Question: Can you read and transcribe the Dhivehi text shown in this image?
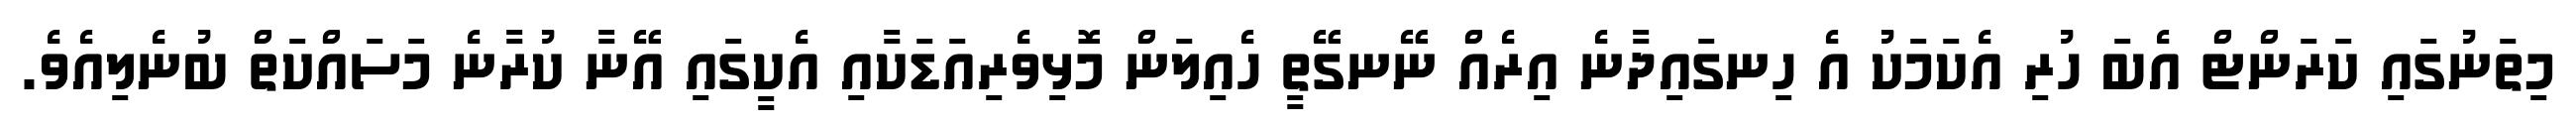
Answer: މިތަނުގައި ކަރަންޓް އެބަ ހުރި އެކަމަކު އެ ހިނގައިދާނެ އިރެއް ނޭނގޭތީ ހެއިލަން މޮޅިވެރިއަޑަކާއި އެކީގައި އޭނާ ކުރާނެ މަސައްކަތް ބުނެލިއެވެ.